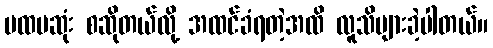
ပထမဆုံး စဆိုတယ်လို့ အထင်ခံရတဲ့အထိ လူသိများခဲ့ပါတယ်။